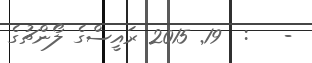
-   :  19